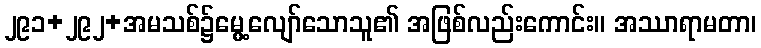
၂၉၁+၂၉၂+အမသစ်၌မွေ့လျော်သောသူ၏ အဖြစ်လည်းကောင်း။ အဿာရာမတာ၊